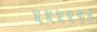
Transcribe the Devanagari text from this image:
५५५५९१